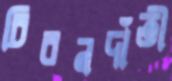
চিরনদাঁতী